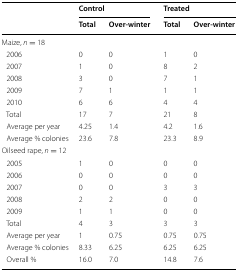
| <ROWSPAN=2>  | <COLSPAN=2> Control | <COLSPAN=2> Treated |
 | Total | Over-winter | Total | Over-winter |
 | --- | --- | --- | --- | --- |
 | <COLSPAN=5> Maize, n = 18 |
 | 2006 | 0 | 0 | 1 | 0 |
 | 2007 | 1 | 0 | 8 | 2 |
 | 2008 | 3 | 0 | 7 | 1 |
 | 2009 | 7 | 1 | 1 | 1 |
 | 2010 | 6 | 6 | 4 | 4 |
 | Total | 17 | 7 | 21 | 8 |
 | Average per year | 4.25 | 1.4 | 4.2 | 1.6 |
 | Average % colonies | 23.6 | 7.8 | 23.3 | 8.9 |
 | <COLSPAN=5> Oilseed rape, n = 12 |
 | 2005 | 1 | 0 | 0 | 0 |
 | 2006 | 0 | 0 | 0 | 0 |
 | 2007 | 0 | 0 | 3 | 3 |
 | 2008 | 2 | 2 | 0 | 0 |
 | 2009 | 1 | 1 | 0 | 0 |
 | Total | 4 | 3 | 3 | 3 |
 | Average per year | 1 | 0.75 | 0.75 | 0.75 |
 | Average % colonies | 8.33 | 6.25 | 6.25 | 6.25 |
 | Overall % | 16.0 | 7.0 | 14.8 | 7.6 |